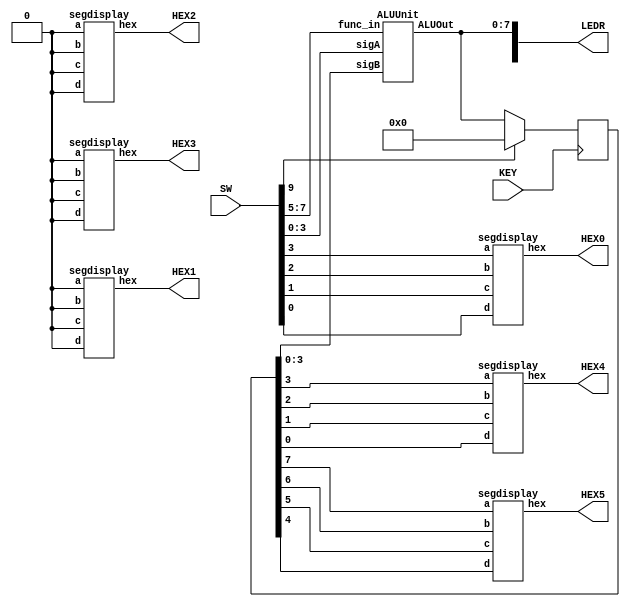
module lab4part2(LEDR, HEX0, HEX1, HEX2, HEX3, HEX4, HEX5, SW, KEY);
	input [9:0] SW;
	input [0:0] KEY;
	
	output [9:0] LEDR;
	output [6:0] HEX0, HEX1, HEX2, HEX3, HEX4, HEX5;
	
	wire [7:0] ALUOut;
	
	reg [7:0] q;
	
	always@(posedge KEY[0])
	begin
		if (SW[9] == 1'b1)
			q <= 8'b00000000;
		else
			q <= ALUOut;
	end
	
	ALUUnit a1 (	
		.sigA(SW[3:0]),
		.sigB(q[3:0]),
		.func_in(SW[7:5]),
		.ALUOut(ALUOut)
		);
		
	segdisplay hex0 (
		.a(SW[3]),
		.b(SW[2]),
		.c(SW[1]),
		.d(SW[0]),
		.hex(HEX0)
		);
		
	segdisplay hex1 (
		.a(1'b0),
		.b(1'b0),
		.c(1'b0),
		.d(1'b0),
		.hex(HEX1)
		);
		
	segdisplay hex2 (
		.a(1'b0),
		.b(1'b0),
		.c(1'b0),
		.d(1'b0),
		.hex(HEX2)
		);
		
	segdisplay hex3 (
		.a(1'b0),
		.b(1'b0),
		.c(1'b0),
		.d(1'b0),
		.hex(HEX3)
		);
		
	segdisplay hex4 (
		.a(q[3]),
		.b(q[2]),
		.c(q[1]),
		.d(q[0]),
		.hex(HEX4)
		);
	
	segdisplay hex5 (
		.a(q[7]),
		.b(q[6]),
		.c(q[5]),
		.d(q[4]),
		.hex(HEX5)
		);
	
	assign LEDR[7:0] = ALUOut;
	
endmodule

module ALUUnit(sigA, sigB, func_in, ALUOut);
	input [3:0] sigA;
	input [3:0] sigB;
	input [2:0] func_in;
	
	output [7:0] ALUOut;

	wire [4:0] adderresult;
	
	bit4adder b0 (
		.outputsig(adderresult),
		.inputsig({sigA, sigB})
		);
		
	reg [7:0] ALUOut;
	
	always @(*)
	begin
		case(func_in[2:0])
			3'b000: ALUOut <= {sigA, sigB};
			3'b001: begin
						ALUOut[4:0] <= adderresult;
						ALUOut[7:5] <= 3'b000;
					end
			3'b010: begin
						ALUOut[4:0] <= sigA + sigB;
						ALUOut[7:5] <= 3'b000;
					end
			3'b011: begin
						ALUOut[7] <= sigA[3] | sigB[3];
						ALUOut[6] <= sigA[2] | sigB[2];
						ALUOut[5] <= sigA[1] | sigB[1];
						ALUOut[4] <= sigA[0] | sigB[0];
						ALUOut[3] <= sigA[3] ^ sigB[3];
						ALUOut[2] <= sigA[2] ^ sigB[2];
						ALUOut[1] <= sigA[1] ^ sigB[1];
						ALUOut[0] <= sigA[0] ^ sigB[0];
					end
			3'b100: begin
						ALUOut[7:1] <= 7'b0000000;
						ALUOut[0] <= | {sigA, sigB};
					end
			3'b101: ALUOut <= sigB << sigA;
			3'b110: ALUOut <= sigB >> sigA;
			3'b111: ALUOut <= sigA * sigB;
			default: ALUOut <= 8'b00000000;
		endcase
	end
endmodule

module segdisplay(a, b, c, d, hex);
	input a;
	input b;
	input c;
	input d;
	
	output [6:0] hex;
	
	assign hex[0] = (~a & ~b & ~c & d) |
					(~a & b & ~c & ~d) |
					(a & b & ~c & d) | 
					(a & ~b & c & d);
					
	assign hex[1] = (a & b & ~c & ~d) |
					(~a & b & ~c & d) |
					(a & c & d) |
					(b & c & ~d);
					
	assign hex[2] = (~a & ~b & c & ~d) |
					(a & b & ~c & ~d) |
					(a & b & c);
					
	assign hex[3] = (~a & ~b & ~c & d) |
					(~a & b & ~c & ~d) |
					(b & c & d) |
					(a & ~b & c & ~d);
					
	assign hex[4] = (~a & b & ~c & ~d) |
					(~a & d) |
					(a & ~b & ~c & d);
					
	assign hex[5] = (~a & ~b & ~c & d) |
					(~a & ~b & c) |
					(~a & b & c & d) |
					(a & b & ~c & d);
					
	assign hex[6] = (~a & ~b & ~c) |
					(~a & b & c & d) |
					(a & b & ~c & ~d);
endmodule

module bit4adder(outputsig, inputsig);

	input [7:0] inputsig;
	output [4:0] outputsig;
	
	wire cbit0;
	wire cbit1;
	wire cbit2;
	
	carryadder adder1(
		.cout(cbit0),
		.out(outputsig[0]),
		.c(1'b0),
		.a(inputsig[4]),
		.b(inputsig[0])
		);

	carryadder adder2(
		.cout(cbit1),
		.out(outputsig[1]),
		.c(cbit0),
		.a(inputsig[5]),
		.b(inputsig[1])
		);
		
	carryadder adder3(
		.cout(cbit2),
		.out(outputsig[2]),
		.c(cbit1),
		.a(inputsig[6]),
		.b(inputsig[2])
		);
		
	carryadder adder4(
		.cout(outputsig[4]),
		.out(outputsig[3]),
		.c(cbit2),
		.a(inputsig[7]),
		.b(inputsig[3])
		);
		
endmodule

module carryadder(cout, out, c, a, b);
	input c;
	input b;
	input a;
	
	output cout;
	output out;
	
	assign cout = (b & a) | (a & c) | (b & c);
	assign out = (a & ~b & ~c) |
					 (~a & b & ~c)  |
					 (~a & ~b & c)  |
					 (a & b & c);
endmodule